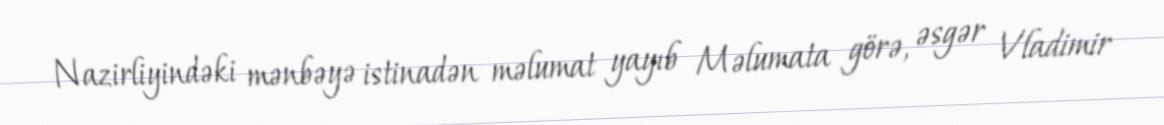
Nazirliyindəki mənbəyə istinadən məlumat yayıb Məlumata görə, əsgər Vladimir